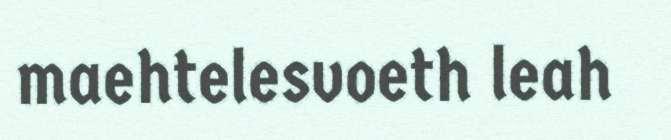
maehtelesvoeth leah